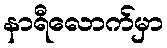
နာရီလောက်မှာ